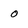
Character: 0